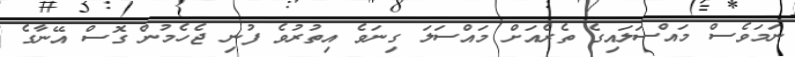
ނަމަވެސް މައްސަލައިގެ ތެރެއަށް މައްސަލަ ގިނަވެ އިތުރުވެ ފުނި ޖެހެމުން ގޮސް އޭނާގެ